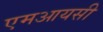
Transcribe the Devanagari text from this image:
एमआयसी